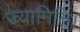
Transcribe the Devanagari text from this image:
ज्यामिति।